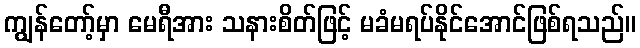
ကျွန်တော့်မှာ မေရီအား သနားစိတ်ဖြင့် မခံမရပ်နိုင်အောင်ဖြစ်ရသည်။